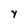
Character: Y